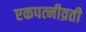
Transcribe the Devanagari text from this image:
एकपत्‍नीव्रती